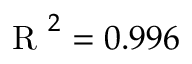
\mathrm { ~ R ~ } ^ { 2 } = 0 . 9 9 6